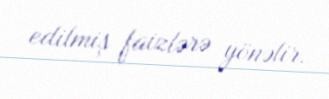
edilmiş faizlərə yönəlir.